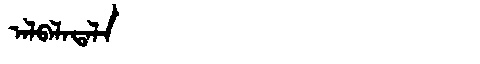
Manchu: ᠠᠯᠪᠠᠯᠠᡨᠠᠯᠠ
Romanization: ALBALATALA